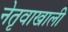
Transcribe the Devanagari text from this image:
नेतृवाखाली